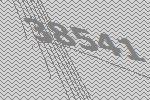
38541